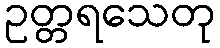
ဥတ္တရသေတု